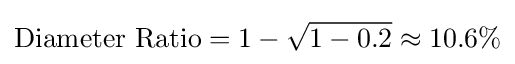
{\mbox{Diameter Ratio}}=1-{\sqrt {1-0.2}}\approx 10.6\%